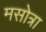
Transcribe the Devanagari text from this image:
मसोत्रा